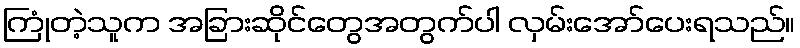
ကြုံတဲ့သူက အခြားဆိုင်တွေအတွက်ပါ လှမ်းအော်ပေးရသည်။